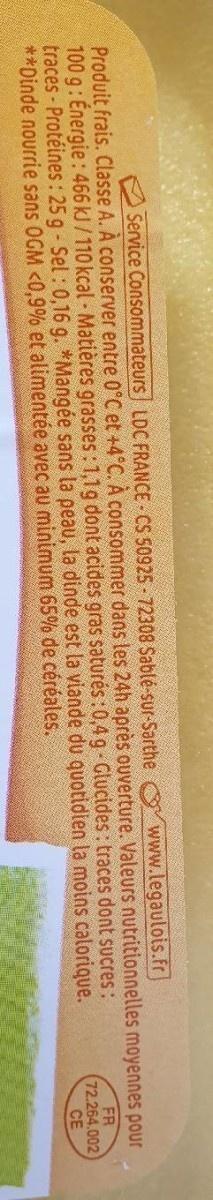
Service Consommateurs LDC FRANCE - CS 50925 - 72308 Sablé-sur-Sarthe
www.legaulois.Fr
Produit frais. Classe A. À conserver entre 0°C et +4°C. À consommer dans les 24h après ouverture. Valeurs nutritionnelles moyennes pour 100 g: Energie: 466 kJ/110 kcal- Matières grasses:1,1g dont acides gras səturés :0,4 g - Glucides: traces dont sucres: traces-Protéines : 25 g- Sel : 0,16 g. *Mangée sans la peau, la dinde est la viande du quotidien la moins calorique. **Dinde nourrie sans OGM <0,9% et alimentée avec au minimum 65% de céréales.
FR 72.264.002 CE